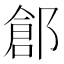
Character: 𨜾